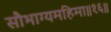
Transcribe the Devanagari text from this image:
सौभाग्यमहिमा॥१६॥